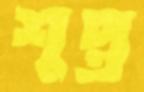
শুপ্ত